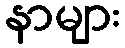
နာများ